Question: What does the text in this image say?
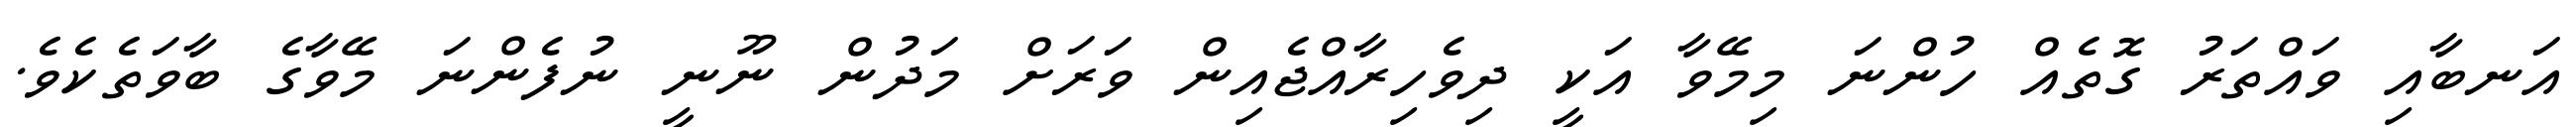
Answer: އަނބާއި ވައްތަރު ގޮތެއް ހުންނަ މިމޭވާ އަކީ ދިވެހިރާއްޖެއިން ވަރަށް މަދުން ނޫނީ ނުފެންނަ މޭވާގެ ބާވަތެކެވެ.